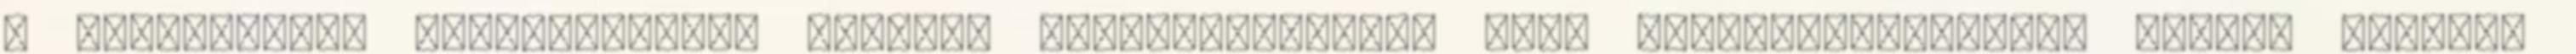
a selejtezett vagyontárgyak további hasznosításának vagy megsemmisítésének körét, módját,